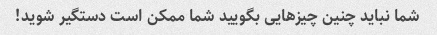
شما نباید چنین چیزهایی بگویید شما ممکن است دستگیر شوید!